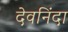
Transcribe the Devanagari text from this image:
देवनिंदा